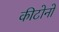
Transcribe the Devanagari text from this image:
कीटोनो